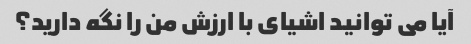
آیا می توانید اشیای با ارزش من را نگه دارید؟